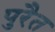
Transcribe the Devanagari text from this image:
पुरैत